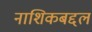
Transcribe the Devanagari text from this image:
नाशिकबद्दल